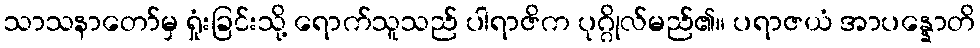
သာသနာတော်မှ ရှုံးခြင်းသို့ ရောက်သူသည် ပါရာဇိက ပုဂ္ဂိုလ်မည်၏။ ပရာဇယံ အာပန္နောတိ